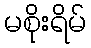
မစိုးရိမ်